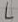
Text: L